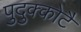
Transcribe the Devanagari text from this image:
पुदुक्कोटै